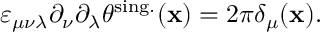
\varepsilon _ { \mu \nu \lambda } \partial _ { \nu } \partial _ { \lambda } \theta ^ { \mathrm { s i n g . } } ( { \bf x } ) = 2 \pi \delta _ { \mu } ( { \bf x } ) .